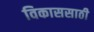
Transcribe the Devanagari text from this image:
विकाससाठी